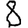
Digit: 8